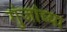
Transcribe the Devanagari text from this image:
गुंजांच्या